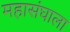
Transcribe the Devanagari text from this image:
महासंघाला